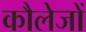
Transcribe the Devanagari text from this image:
कौलेजों